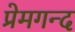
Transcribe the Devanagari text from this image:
प्रेमगन्द